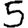
Digit: 5